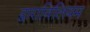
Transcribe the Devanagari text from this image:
द्वाराविलियम